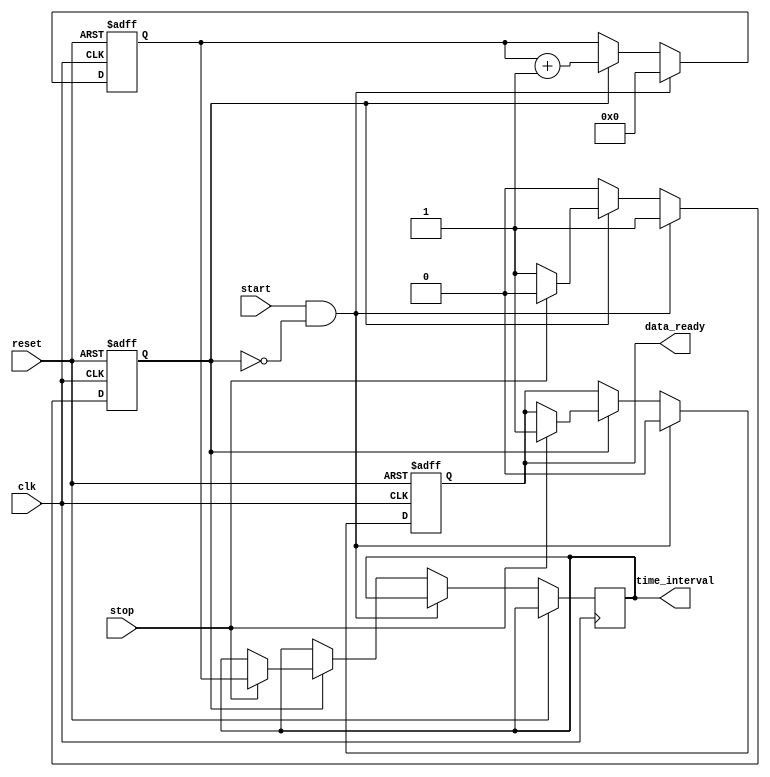
module TDC (
    input wire clk,          // Clock signal
    input wire start,        // Start signal
    input wire stop,         // Stop signal
    output reg [15:0] time_interval, // Measured time interval in clock cycles
    output reg data_ready,   // Signal indicating data is ready
    input wire reset         // Asynchronous reset
);

    reg [15:0] counter;      // 16-bit counter for counting clock cycles
    reg capturing;           // State to indicate if we are capturing time
    reg [15:0] memory [0:255]; // Memory block to store time intervals (256 entries)
    reg [7:0] write_pointer; // Pointer for writing to memory

    // Asynchronous reset and counter logic
    always @(posedge clk or posedge reset) begin
        if (reset) begin
            counter <= 16'b0;
            capturing <= 1'b0;
            data_ready <= 1'b0;
            write_pointer <= 8'b0;
        end else begin
            if (start && !capturing) begin
                // Start capturing time
                counter <= 16'b0; // Reset counter
                capturing <= 1'b1; // Set capturing state
                data_ready <= 1'b0; // Clear data ready signal
            end else if (capturing) begin
                // Increment counter while capturing
                counter <= counter + 1;
                if (stop) begin
                    // Stop capturing and store the time interval
                    time_interval <= counter; // Capture the current count
                    memory[write_pointer] <= counter; // Store in memory
                    write_pointer <= write_pointer + 1; // Increment write pointer
                    capturing <= 1'b0; // Clear capturing state
                    data_ready <= 1'b1; // Set data ready signal
                end
            end
        end
    end

endmodule